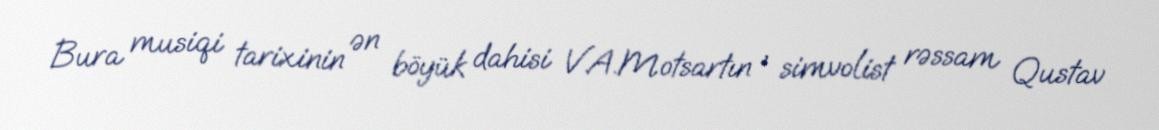
Bura musiqi tarixinin ən böyük dahisi V.A.Motsartın , simvolist rəssam Qustav